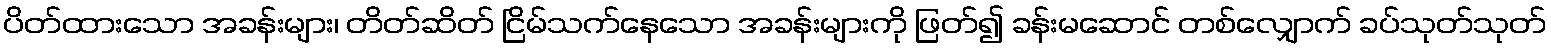
ပိတ်ထားသော အခန်းများ၊ တိတ်ဆိတ် ငြိမ်သက်နေသော အခန်းများကို ဖြတ်၍ ခန်းမဆောင် တစ်လျှောက် ခပ်သုတ်သုတ်